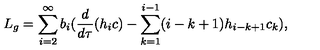
L _ { g } = \sum _ { i = 2 } ^ { \infty } b _ { i } ( \frac { d } { d \tau } ( h _ { i } c ) - \sum _ { k = 1 } ^ { i - 1 } ( i - k + 1 ) h _ { i - k + 1 } c _ { k } ) ,